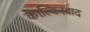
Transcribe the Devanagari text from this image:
काल्विनवाद